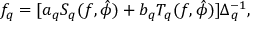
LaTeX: f _ { q } = [ a _ { q } S _ { q } ( f , \hat { \phi } ) + b _ { q } T _ { q } ( f , \hat { \phi } ) ] \Delta _ { q } ^ { - 1 } ,